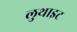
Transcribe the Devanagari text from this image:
लुथाइट